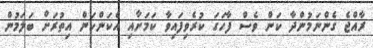
ރާއްޖެ ގެންނަމުންދާ ކަން ވެސް ފާހަގަ ކުރެވިފައިވާ ކަމަށާއި އެކަންކަން އިތުރަށް ބަލަމުން